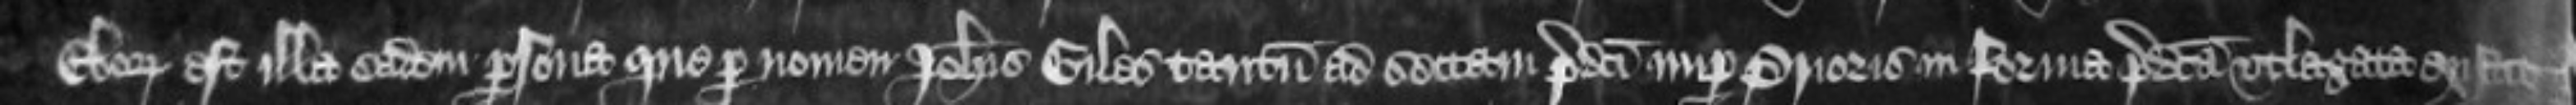
Eboraci est illa eadem persona que per nomen Johannis Giles tantum ad sectam predicti nuper Prioris in forma predicta utlagata existit